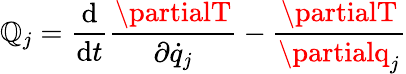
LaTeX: \mathbb{Q}_{j}={\frac{{\mathrm{{d}}}}{{\mathrm{{d}}t}}}{\frac{{\partialT}}{{\partial{\dot{{q}}}_{j}}}}-{\frac{{\partialT}}{{\partialq_{j}}}}